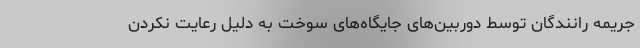
جریمه رانندگان توسط دوربین‌های جایگاه‌های سوخت به دلیل رعایت نکردن